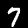
Label: 7